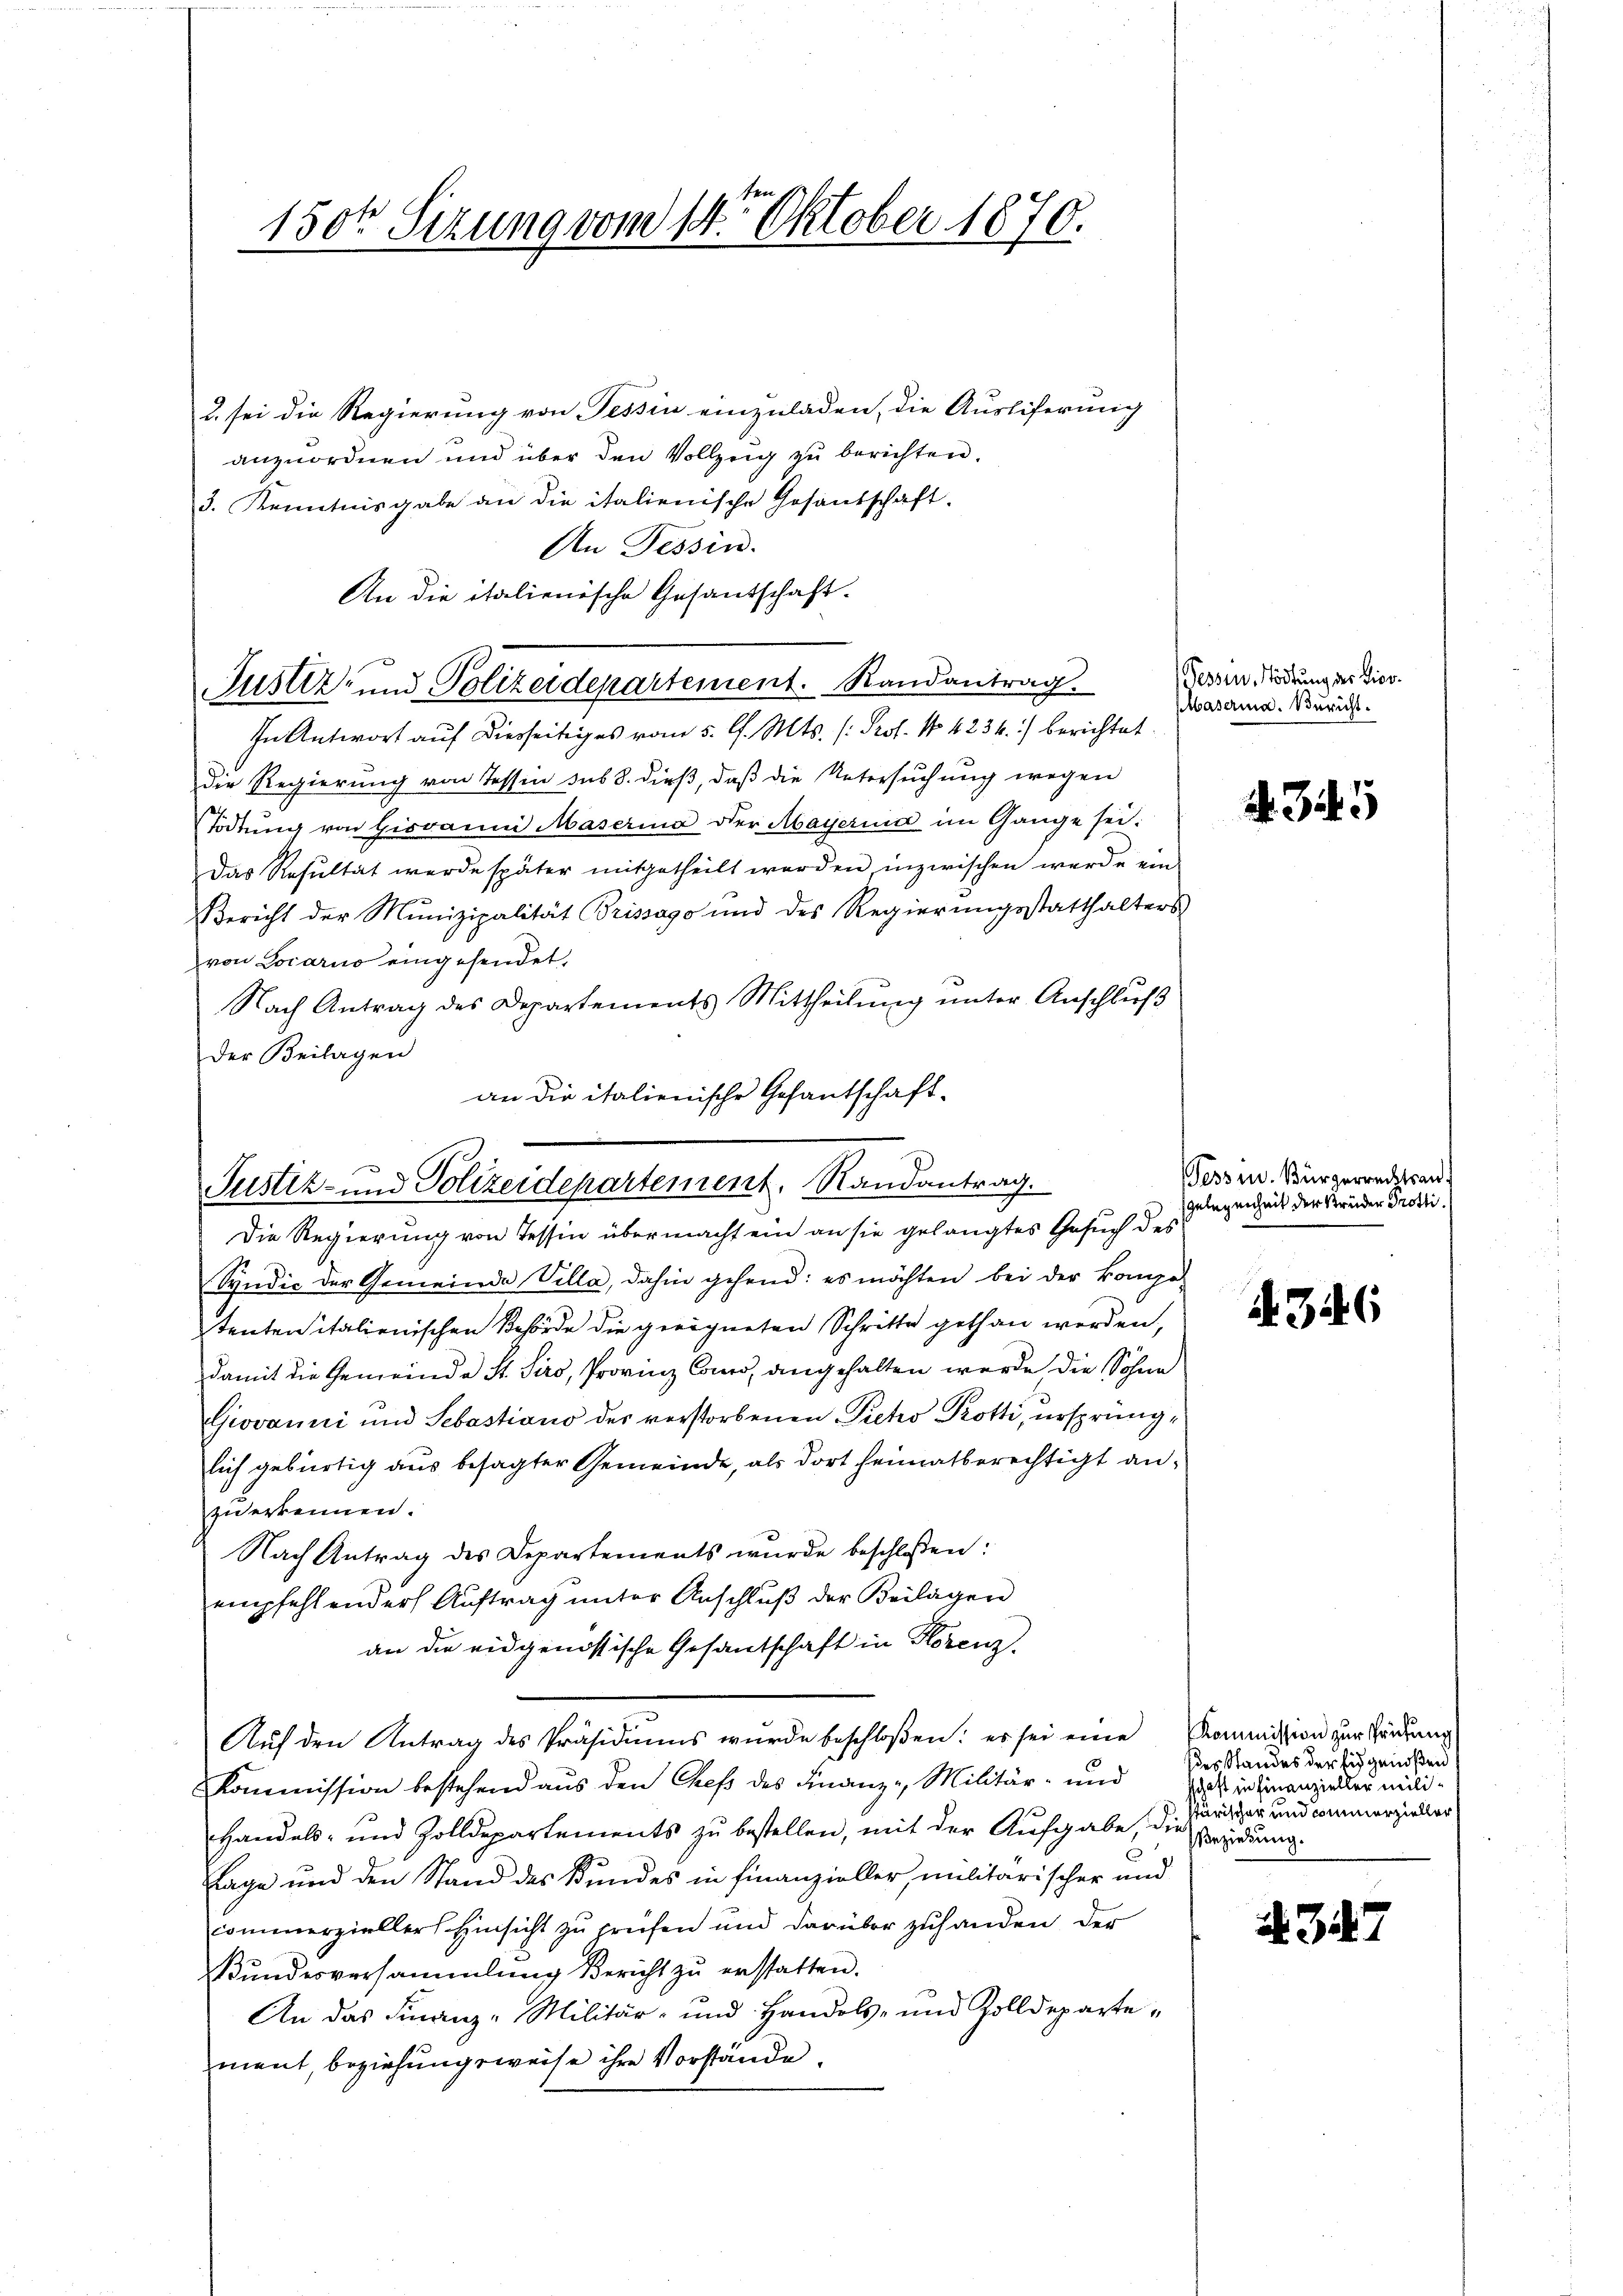
Justiz- und Polizeidepartement, Randantrag.
Die Regierung von Tessin übermacht ein an sie gelangtes Gesuch des

150t Sezung vom 14ten Oktober 1870.

u. sei die Regierung von Tessin einzuladen, die Ausliferung
anzuordnen und über den Vollzeig zu berichten.
3. Kenntnisgabe an die italienische Gesandschaft.
An Tessin.
An die italienische Gesandschaft.
In Antwort auf diesseitiges vom 5. d. Mts. (: Prof. No 4234) berichtet.
die Regierung von Tessin sub 8. dieß, daß die Untersuchung wegen
Tödtung von Giovanni Maserina der Mayerina im Gange sei.
Das Resultat werde später mitgetheilt werden inzwischen werde ein
Bericht der Munizipalität Brissago und des Regierungsstatthalters
von Locarno eingesendet.
Nach Antrag des Departements Mittheilung unter Anschluß
der Beilagen
an die italienische Gefantschaft-

Justiz- und Polizeidepartement. Randantrag

(Tessin, Tödtung der Vier¬
Maserina. Bericht.

Syndic der Gemeinde Villa, dahin gehend: es möchten bei der kompe-
tenten italienischen Behörde die geeigneten Schritte gethan werden,
damit die Gemeinde St. Siro, Provinz Como, angehalten werde die Söhne
Giovanni und Sebastiano der verstorbenen Pieto Potti, ursprünglich gebürtig aus besagter Gemeinde, als dort heimatberechtigt anzu erkennen.
Nach Antrag des Departements wurde beschloßen:
empfehlender Auftrag unter Anschluß der Beilagen
an die eidgenössische Gesandschaft in Horenz.
Aŭf den Antrag des Präsidiŭms wurde beschloßen: es sei eine Kommission zur Händung
Kommission bestehend aus den Chef des Finanz-, Militär- und
Handels- und Zolldepartements zu bestellen, mit der Aufgabe, die
Erage und den Stand des Bundes in Finanzieller militarischer und
commerziellers Hinsicht zu prüfen und darüber zuhanden der
kŭndesversammlung Bericht zŭ erstatten.
An das Finanz-Militär- und Handels- und Zolldepartement, beziehungsweise ihre Vorstände.

4.345

Tessin. Bürgerrechtsan
Gelegenheit der Brüder Trotti.

4346

ddes Standes der Eidgenoßen,
schaft in Finanzieller Milistärischer und commerzieller
Beziehung.

. 347